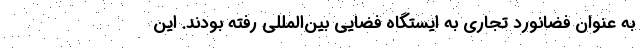
به عنوان فضانورد تجاری به ایستگاه فضایی بین‌المللی رفته بودند. این